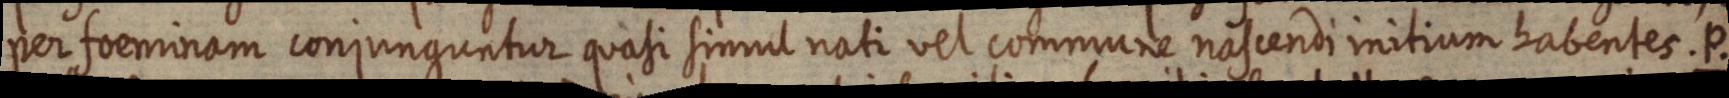
per foeminam conjunguntur quasi simul nati vel commune nascendi initium habentes. P.